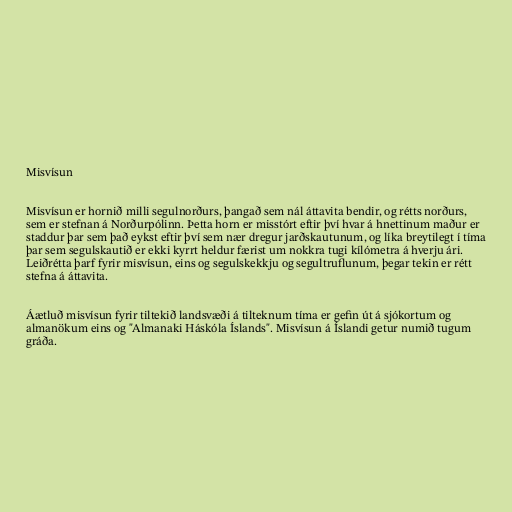
Misvísun

Misvísun er hornið milli segulnorðurs, þangað sem nál áttavita bendir, og rétts norðurs,
sem er stefnan á Norðurpólinn. Þetta horn er misstórt eftir því hvar á hnettinum maður er
staddur þar sem það eykst eftir því sem nær dregur jarðskautunum, og líka breytilegt í tíma
þar sem segulskautið er ekki kyrrt heldur færist um nokkra tugi kílómetra á hverju ári.
Leiðrétta þarf fyrir misvísun, eins og segulskekkju og segultruflunum, þegar tekin er rétt
stefna á áttavita.

Áætluð misvísun fyrir tiltekið landsvæði á tilteknum tíma er gefin út á sjókortum og
almanökum eins og "Almanaki Háskóla Íslands". Misvísun á Íslandi getur numið tugum
gráða.